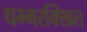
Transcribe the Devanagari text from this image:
धम्मरक्खित